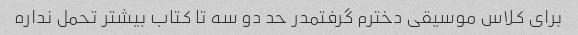
برای کلاس موسیقی دخترم گرفتمدر حد دو سه تا کتاب بیشتر تحمل نداره